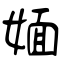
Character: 媔